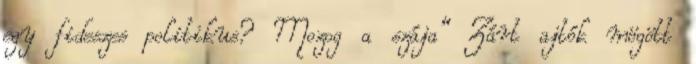
egy fideszes politikus? Mozog a szája“ Zárt ajtók mögött